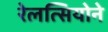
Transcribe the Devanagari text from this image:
रेलत्सियोने